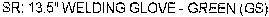
SR: 13.5" WELDING GLOVE - GREEN (GS)